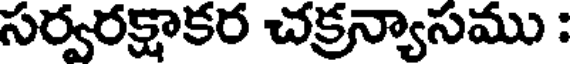
సర్వరక్షాకర చక్రన్యాసము :